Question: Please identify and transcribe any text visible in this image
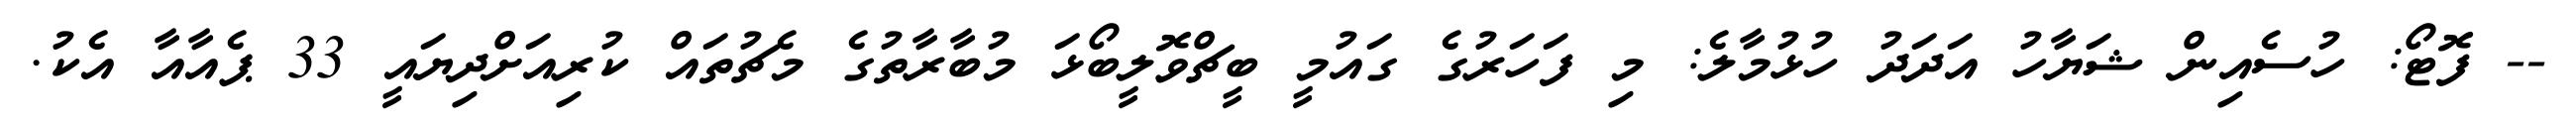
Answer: -- ފޮޓޯ: ހުސެއިން ޝަޔާހު އަދަދު ހުޅުމާލެ: މި ފަހަރުގެ ގައުމީ ބީޗްވޮލީބޯޅަ މުބާރާތުގެ މެޗުތައް ކުރިއަށްދިޔައީ 33 ޕެއާއާ އެކު.